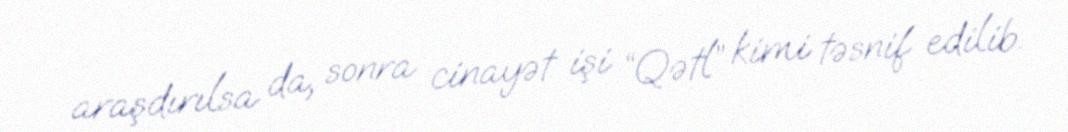
araşdırılsa da, sonra cinayət işi “Qətl” kimi təsnif edilib.